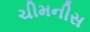
ચીમનીસ